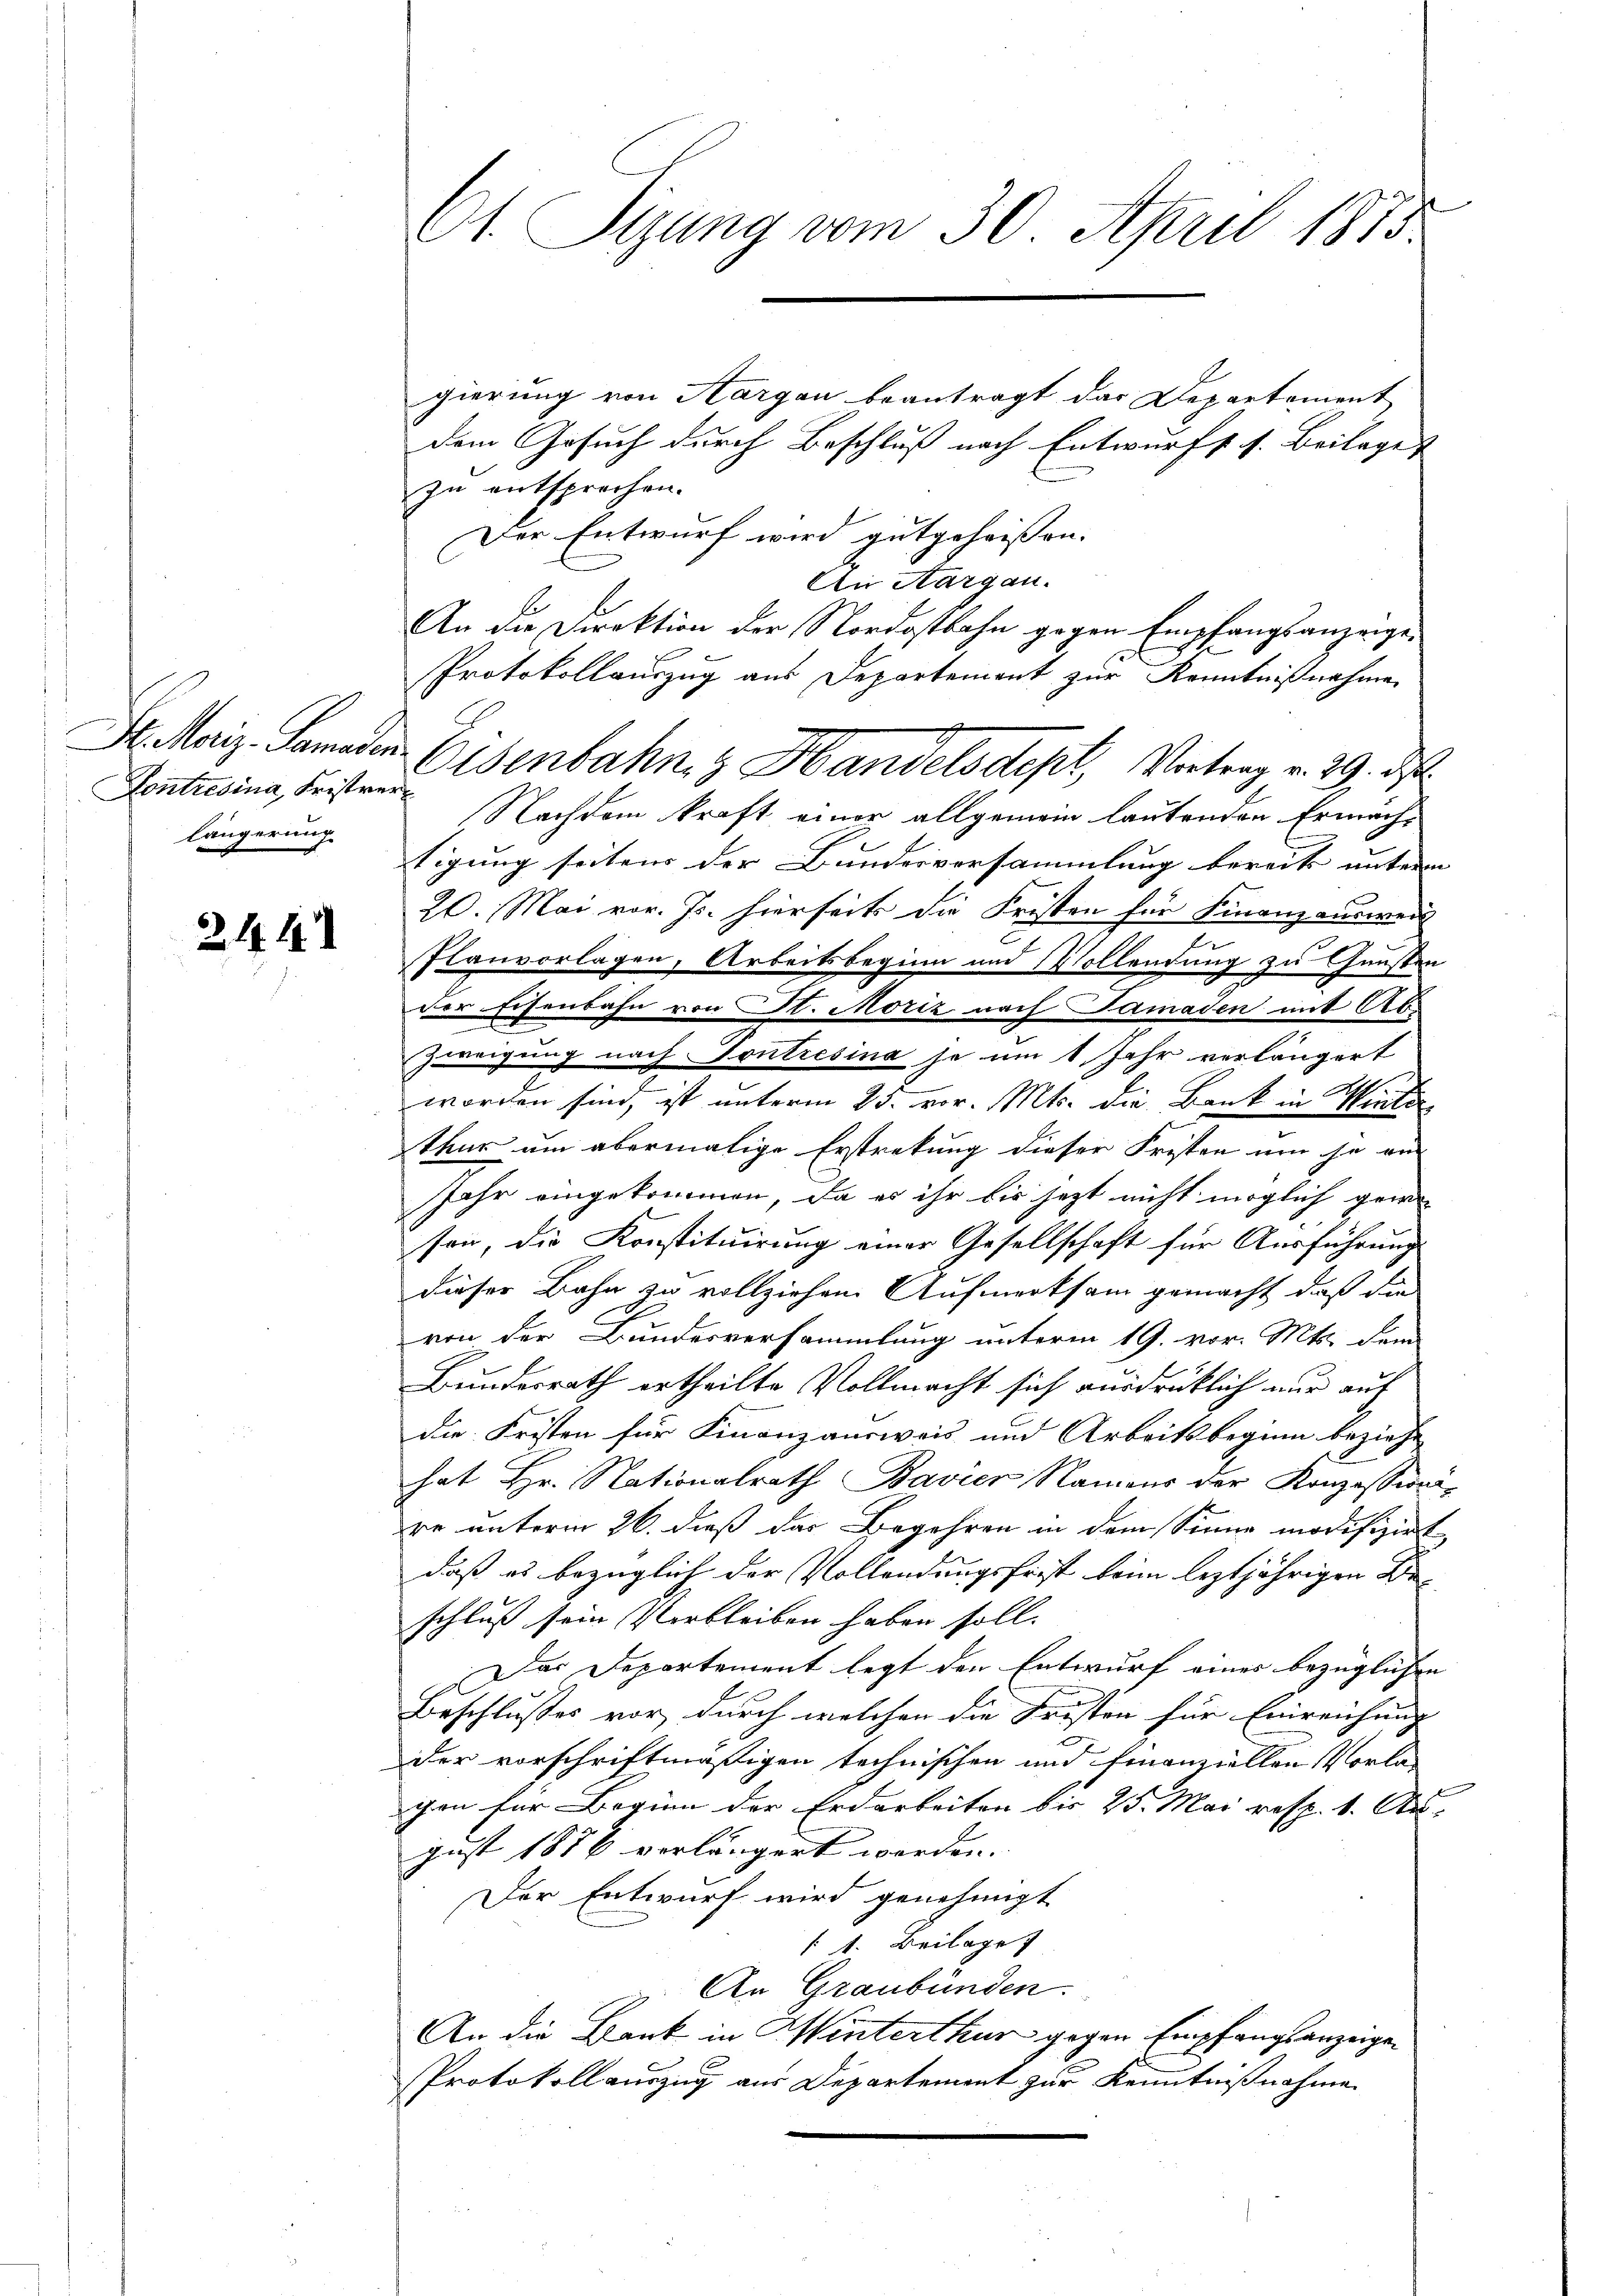
Kontresina, Fristver
längerung

3.11. 19.

gierung von Aargau beantragt das Departement
dem Gesuch durch Beschluß nach Entwurfs s. Beilages
zu entsprochen.
Der Entwurf wird gutgeheißen.
An Aargau.
An die Direktion der Nordostbahn gegen Empfangsanzeige¬
Protokollauszug aus Departement zur Kenntnißnahme
Nachdem kraft einer allgemein lautenden Ermäch-
tigung seiten der Bundesvorsammlung bereits unterm |
20. Mai vor. Js. hierseits die Fristen für Finanzausweis
.
Planvorlagen, Arbeitsbeginn und Vollendung zu Gunsten
Der Eisenbahn von St. Moriz nach Samaden mit Ab¬
Zweigung nach Sontresina je um 1 Jahr verlängert
G
worden sind, ist unterm 25. vor. Mts. die Bank in Winterthur um abermalige Erstrekung dieser Fristen um je ein
Jahr eingekommen, da es ihr bis jetzt nicht möglich gewe
sen, die Konstituirung einer Gesellschaft für Ausführung
dieser Bahn zu vollziehen. Aufmerksam gemacht, daß die
von der Bundesversammlung unterm 19. vor. Mts. dem
Bundesrath ertheilte Vollmacht sich ausdrücklich nur auf
die Fristen für Finanzausweis und Arbeitsbeginn beziehe
hat Hr. Nationalrath Bavier Namens der Konzessionire unterm 26. dieß das Begehren in dem Sinne modifizirt,
daß es bezüglich der Vollendungsfrist beim leztjährigen Beschluß sein Verbleiben haben soll.
Das Departement legt den Entwurf eines bezüglichen |
Beschlusses vor, durch welchen die Fristen für Einreichung |
der vorschriftmäßigen technischen und Finanziellen Vorla
gen für Beginn der Erdarbeiten bis 25. Mai resp. 1. Au
gust 1876 verlängert werden.
Der Entwurf wird genehmigt
 1. Beilage
An Graubünden.
An die Bank in Winterthur gegen Empfangsanzeigen
Protokollauszug aus Departement zur Kenntnißnahme

A. Sitzung vom 30. April 1875

St. Maiz. Lander Eisenbahn, z. Handelsdept, Vortrag v. 29. d.